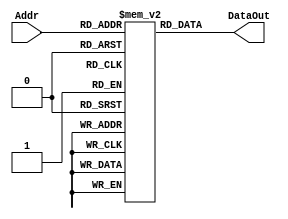
//////////////////////////////////////////////////////////////////////////////////
// Company: 
// Engineer: 
// 
// Design Name: 
// Module Name: instruction memory module 
// Project Name: 
// Target Devices: 
// Tool Versions: 
// Description: (containing all instruction in memory in order)
// 
// Dependencies: 
// 
// Revision:
// Revision 0.01 - File Created
// Additional Comments:
// 
//////////////////////////////////////////////////////////////////////////////////



module InstMem 
(
    input [5:0] Addr, 
    output [31:0] DataOut
);

 reg [31:0] mem [0:63];
 
 assign DataOut = mem[Addr];
 
 initial begin
        mem[0 ]= 32'h00c00093; 
        mem[1 ]= 32'h00500113;                               
        mem[2 ]= 32'h00208863;                               
        mem[3 ]= 32'h0020c863;                                
        mem[4 ]= 32'h0020f863;                               
        mem[5 ]= 32'h0020e863;                               
        mem[6 ]= 32'h00500193;
        mem[7 ]= 32'h00500213;
        mem[8 ]= 32'h00500293;
        mem[9 ]= 32'h00500313;
        /*mem[10]= 32'h4020d513;
        mem[11]= 32'h4020d533;
        mem[12]= 32'h0024e5b3;
        mem[13]= 32'h00b57633;
        mem[14]= 32'h00000073;
        mem[15]= 32'h002086b3;
        mem[16]= 32'h40208733;
        mem[17]= 32'h00508793;
        mem[18]= 32'h00508793; 
        mem[19]= 32'h00508793;                               
        mem[20]= 32'h00f0da93;                               
        mem[21]= 32'h00300993;                                
        mem[22]= 32'hffc00a13;                               
        mem[23]= 32'h01000a93;                               
        mem[24]= 32'h0ff00c13;
        mem[25]= 32'h300a0c93;
        mem[26]= 32'h00bb8d37;
        mem[27]= 32'h00800c6f;
        mem[28]= 32'h00a08093;
        mem[29]= 32'h02208063;
        mem[30]= 32'h02209063;
        mem[31]= 32'h0220c063;
        mem[32]= 32'h0220d063;
        mem[33]= 32'h0220e063;
        mem[34]= 32'h0220f063;
        mem[35]= 32'h00008ce7;
        mem[36]= 32'h00bb8d97; 
        mem[37]= 32'h00910e13;                               
                               
        mem[38]= 32'h01310e13;           
        mem[39]= 32'h01d10e13;          
        mem[40]= 32'h02710e13;          
        mem[41]= 32'h03110e13;
        mem[42]= 32'h03b10e13;*/

             
        /*mem[6]=32'b0000000_00010_00011_000_00101_0110011 ; //add x5, x3, x2
        mem[7]=32'b0000000_00101_00000_010_01100_0100011; //sw x5, 12(x0)
        mem[8]=32'b000000001100_00000_010_00110_0000011 ; //lw x6, 12(x0)
        mem[9]=32'b0000000_00001_00110_111_00111_0110011 ; //and x7, x6, x1
        mem[10]=32'b0100000_00010_00001_000_01000_0110011 ; //sub x8, x1, x2
        mem[11]=32'b0000000_00010_00001_000_00000_0110011 ; //add x0, x1, x2
        mem[12]=32'b0000000_00001_00000_000_01001_0110011 ; //add x9, x0, x1*/
   end

endmodule